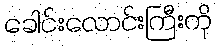
ခေါင်းလောင်းကြီးကို